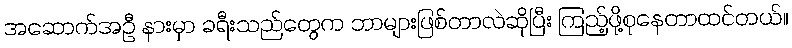
အဆောက်အဦ နားမှာ ခရီးသည်တွေက ဘာများဖြစ်တာလဲဆိုပြီး ကြည့်ဖို့စုနေတာထင်တယ်။